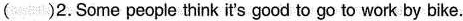
( )2.Some people think it's good to go to work by bike.